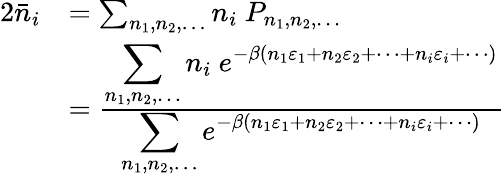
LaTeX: {\begin{array}{rl}{{2}{\bar{n}}_{i}}&{=\sum_{n_{1},n_{2},\dots}n_{i}\ P_{n_{1},n_{2},\dots}}\\ &{={\frac{\displaystyle\sum_{n_{1},n_{2},\dots}n_{i}\ e^{-\beta(n_{1}\varepsilon_{1}+n_{2}\varepsilon_{2}+\cdots+n_{i}\varepsilon_{i}+\cdots)}}{\displaystyle\sum_{n_{1},n_{2},\dots}e^{-\beta(n_{1}\varepsilon_{1}+n_{2}\varepsilon_{2}+\cdots+n_{i}\varepsilon_{i}+\cdots)}}}}\end{array}}